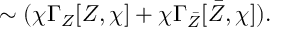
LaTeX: \sim ( \chi \Gamma _ { Z } [ Z , \chi ] + \chi \Gamma _ { \bar { Z } } [ \bar { Z } , \chi ] ) .